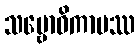
သမ္ဗောဓိကာမဿ